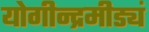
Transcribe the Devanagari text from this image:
योगीन्द्रमीड्यं